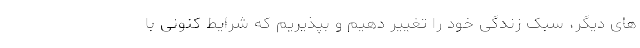
های دیگر، سبک زندگی خود را تغییر دهیم و بپذیریم که شرایط کنونی با